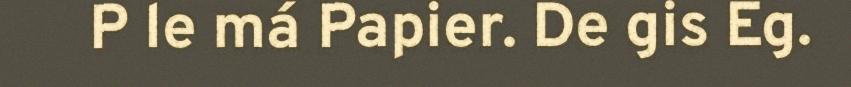
P le má Papier. De gis Eg.